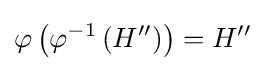
\varphi \left(\varphi ^{-1}\left(H''\right)\right)=H''